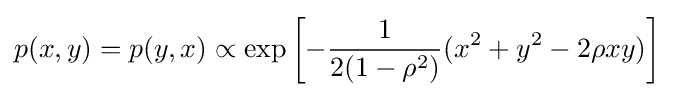
p(x,y)=p(y,x)\propto \exp \left[-{\frac {1}{2(1-\rho ^{2})}}(x^{2}+y^{2}-2\rho xy)\right]